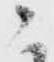
ニ